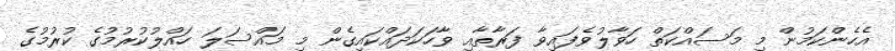
އެހެންކަމުން މި މަސައްކަތް ހަވާލުވެފައިވާ ފަރާތާއި ވާހަކަދައްކައިގެން މި މައްސަލަ ހައްލުކުރުމުގެ ކުރުމުގެ